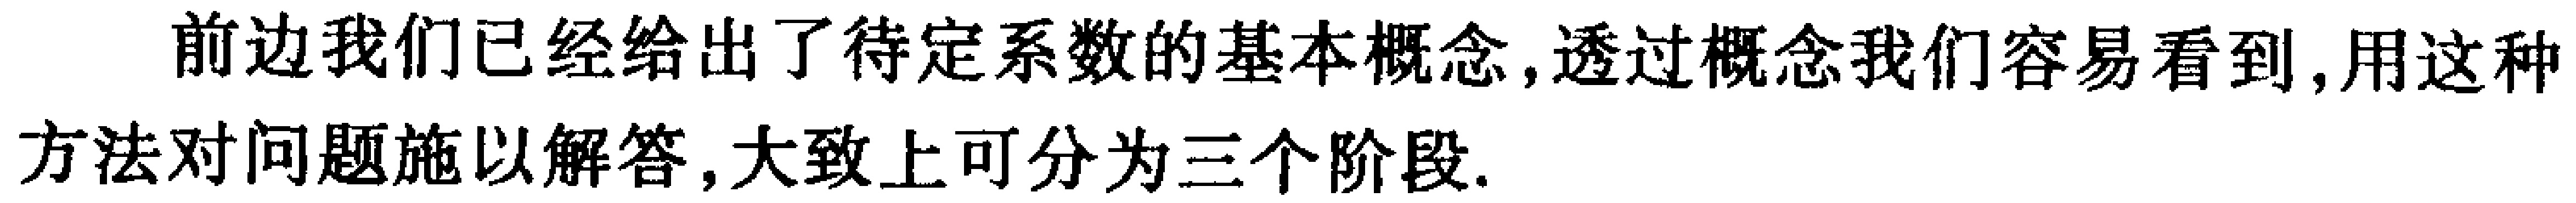
前边我们已经给出了待定系数的基本概念,透过概念我们容易看到,用这种方法对问题施以解答,大致上可分为三个阶段.